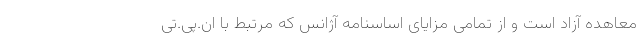
معاهده آزاد است و از تمامی مزایای اساسنامه آژانس که مرتبط با ان.پی.تی